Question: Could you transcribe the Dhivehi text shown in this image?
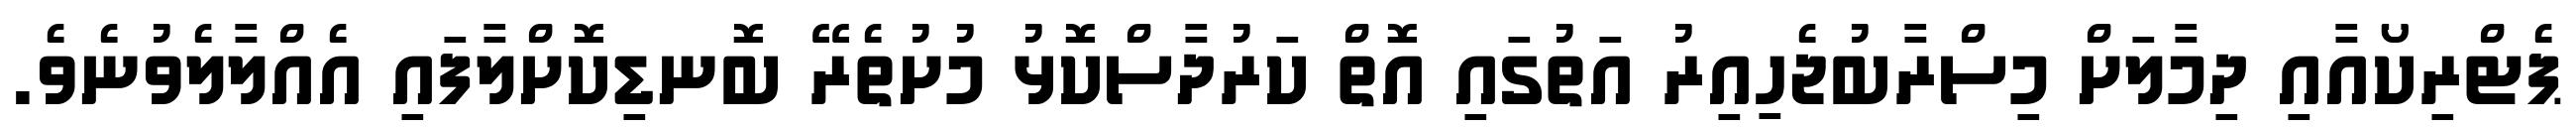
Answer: ޕެޓްރިކޯއާއި ދިމާލަށް މިސްރާބުޖެހިއިރު އަތުގައި އޮތް ކަރުދާސްކޮޅު މުށުތެރޭ ބޮނޑިކޮށްލާފައި އެއްލާލެވުނެވެ.